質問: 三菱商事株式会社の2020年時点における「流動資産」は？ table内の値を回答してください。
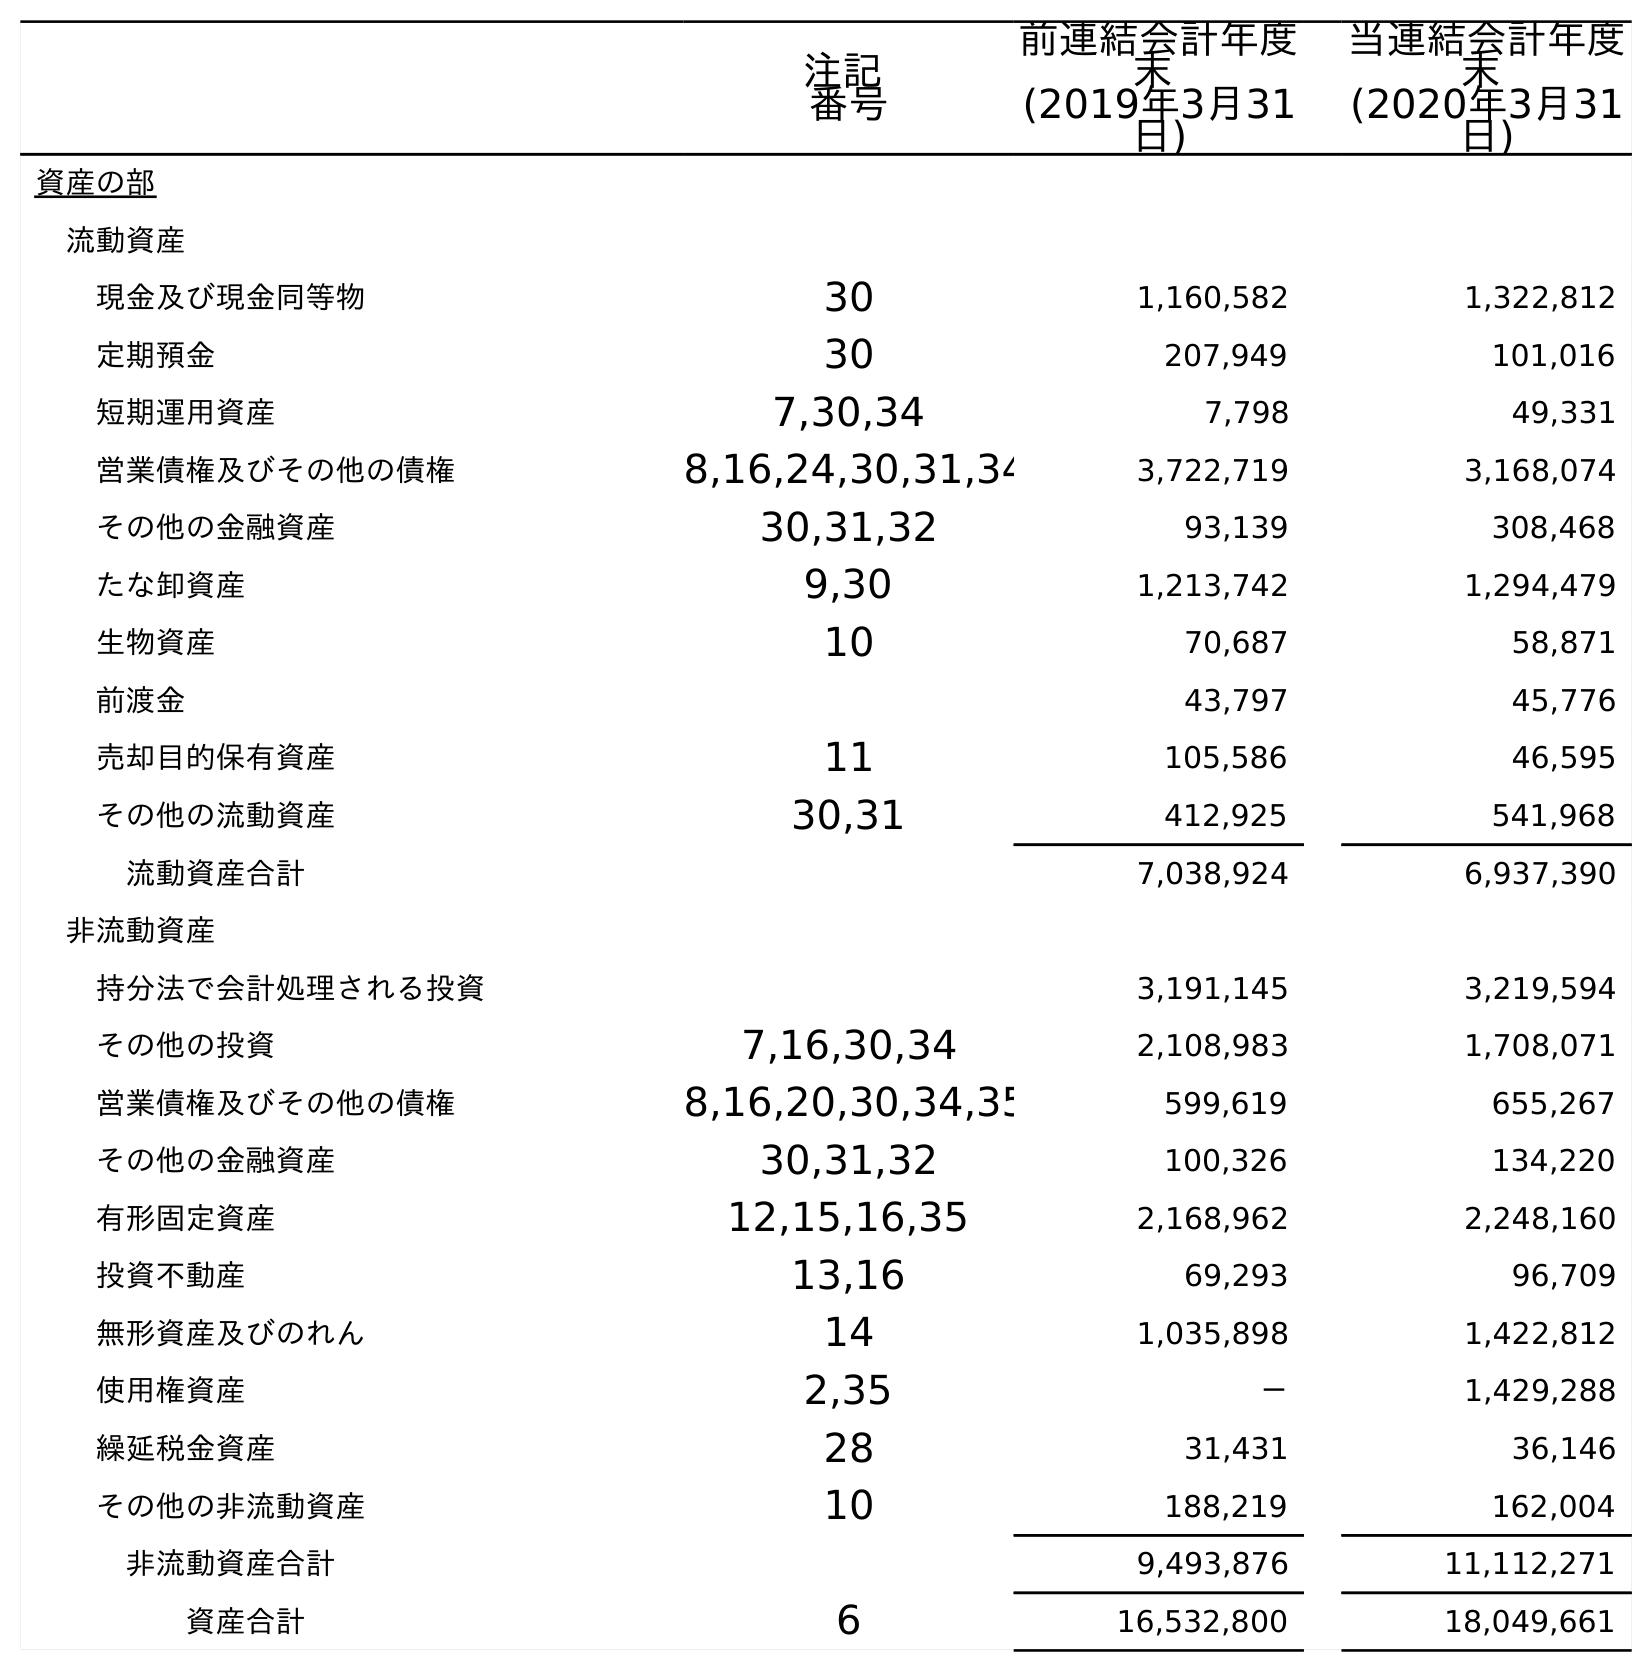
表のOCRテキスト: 注記 番号 前連結会計年度 末 (2019年3月31 日) 当連結会計年度 末 (2020年3月31 日) 資産の部 流動資産 現金及び現金同等物 30 1,160,582 1,322,812 定期預金 30 207,949 101,016 短期運用資産 7,30,34 7,798 49,331 営業債権及びその他の債権 8,16,24,30,31,34 3,722,719 3,168,074 その他の金融資産 30,31,32 93,139 308,468 たな卸資産 9,30 1,213,742 1,294,479 生物資産 10 70,687 58,871 前渡金 43,797 45,776 売却目的保有資産 11 105,586 46,595 その他の流動資産 30,31 412,925 541,968 流動資産合計 7,038,924 6,937,390 非流動資産 持分法で会計処理される投資 3,191,145 3,219,594 その他の投資 7,16,30,34 2,108,983 1,708,071 営業債権及びその他の債権 8,16,20,30,34,35 599,619 655,267 その他の金融資産 30,31,32 100,326 134,220 有形固定資産 12,15,16,35 2,168,962 2,248,160 投資不動産 13,16 69,293 96,709 無形資産及びのれん 14 1,035,898 1,422,812 使用権資産 2,35 － 1,429,288 繰延税金資産 28 31,431 36,146 その他の非流動資産 10 188,219 162,004 非流動資産合計 9,493,876 11,112,271 資産合計 6 16,532,800 18,049,661
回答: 6,937,390